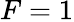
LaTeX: F=1